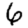
Digit: 6